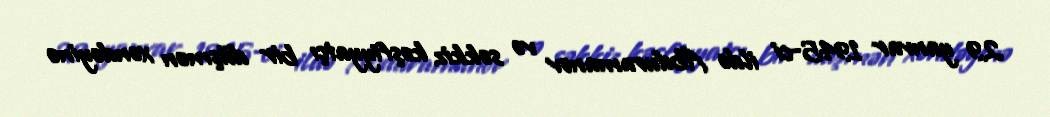
29 yanvar 1945-ci ildə Abduramanov və səkkiz kəşfiyyatçı bir düşmən xəndəyinə